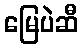
မြေပဲဆီ